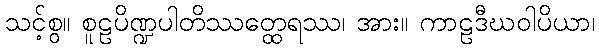
သင့်စွ။ စူဠပိဏ္ဍပါတိဿတ္ထေရဿ၊ အား။ ကာဠဒီဃဝါပိယာ၊